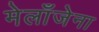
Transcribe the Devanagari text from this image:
मेलाँजेना